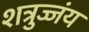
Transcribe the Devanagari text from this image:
शत्रुज्जंय